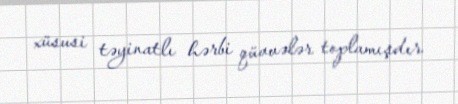
xüsusi təyinatlı hərbi qüvvələr toplamışdır.